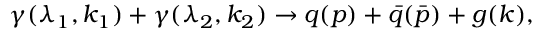
\gamma ( \lambda _ { 1 } , k _ { 1 } ) + \gamma ( \lambda _ { 2 } , k _ { 2 } ) \to q ( p ) + \bar { q } ( \bar { p } ) + g ( k ) ,